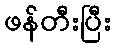
ဖန်တီးပြီး